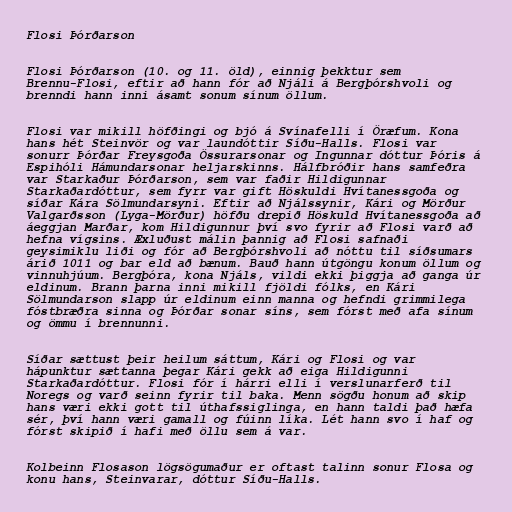
Flosi Þórðarson

Flosi Þórðarson (10. og 11. öld), einnig þekktur sem
Brennu-Flosi, eftir að hann fór að Njáli á Bergþórshvoli og
brenndi hann inni ásamt sonum sínum öllum.

Flosi var mikill höfðingi og bjó á Svínafelli í Öræfum. Kona
hans hét Steinvör og var laundóttir Síðu-Halls. Flosi var
sonurr Þórðar Freysgoða Össurarsonar og Ingunnar dóttur Þóris á
Espihóli Hámundarsonar heljarskinns. Hálfbróðir hans samfeðra
var Starkaður Þórðarson, sem var faðir Hildigunnar
Starkaðardóttur, sem fyrr var gift Höskuldi Hvítanessgoða og
síðar Kára Sölmundarsyni. Eftir að Njálssynir, Kári og Mörður
Valgarðsson (Lyga-Mörður) höfðu drepið Höskuld Hvítanessgoða að
áeggjan Marðar, kom Hildigunnur því svo fyrir að Flosi varð að
hefna vígsins. Æxluðust málin þannig að Flosi safnaði
geysimiklu liði og fór að Bergþórshvoli að nóttu til síðsumars
árið 1011 og bar eld að bænum. Bauð hann útgöngu konum öllum og
vinnuhjúum. Bergþóra, kona Njáls, vildi ekki þiggja að ganga úr
eldinum. Brann þarna inni mikill fjöldi fólks, en Kári
Sölmundarson slapp úr eldinum einn manna og hefndi grimmilega
fóstbræðra sinna og Þórðar sonar síns, sem fórst með afa sínum
og ömmu í brennunni.

Síðar sættust þeir heilum sáttum, Kári og Flosi og var
hápunktur sættanna þegar Kári gekk að eiga Hildigunni
Starkaðardóttur. Flosi fór í hárri elli í verslunarferð til
Noregs og varð seinn fyrir til baka. Menn sögðu honum að skip
hans væri ekki gott til úthafssiglinga, en hann taldi það hæfa
sér, því hann væri gamall og fúinn líka. Lét hann svo í haf og
fórst skipið í hafi með öllu sem á var.

Kolbeinn Flosason lögsögumaður er oftast talinn sonur Flosa og
konu hans, Steinvarar, dóttur Síðu-Halls.